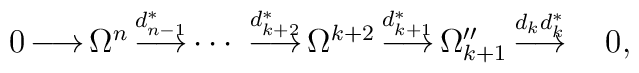
\begin{array}{ccccccccccccc} 0  \!\!\! & \! \stackrel{}{\longrightarrow} \!\!\! & \! \Omega^n \!\!\! & \!\stackrel{d_{n-1}^*}{\longrightarrow} \!\!\! & \! \cdots \! & \!\stackrel{d_{k+2}^*}{\longrightarrow} \!\!\! & \!\Omega^{k+2} \!\!\! & \! \stackrel{d_{k+1}^*}{\longrightarrow} \!\!\!& \! \Omega_{k+1}''\!\!\! & \! \stackrel{d_kd_k^*}{\longrightarrow} \!\!\! &  \;\;\;  0,\end{array}